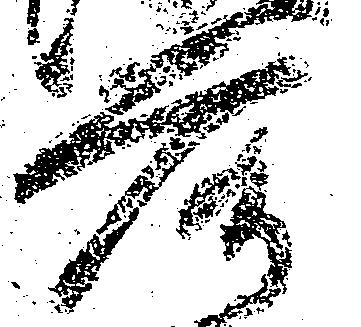
落